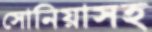
সোনিয়াসহ